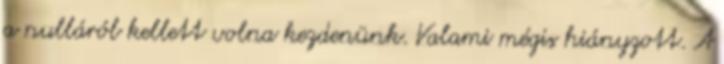
a nulláról kellett volna kezdenünk. Valami mégis hiányzott. A